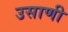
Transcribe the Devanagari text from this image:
उसाणी